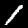
Digit: 1